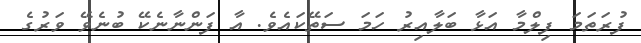
ފުރަތަމަ ފިލްމާ އަޅާ ބަލާއިރު ހަމަ ސަތޭކައެވެ. އާ ފަންނާނެކޭ ބުނެވޭ ވަރުގެ